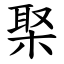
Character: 棸